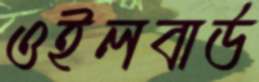
ওইলবার্ড